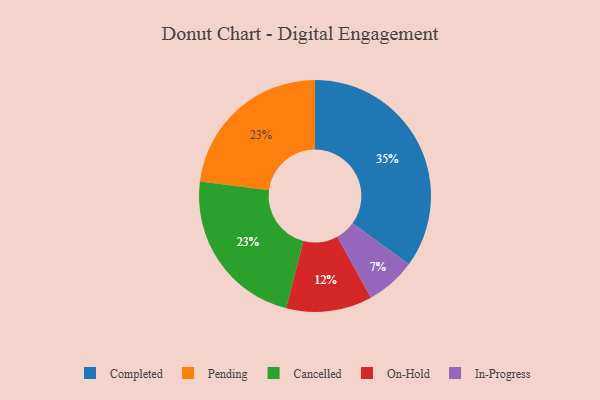
{"axis": {"x": "Category", "y": "Percentage"}, "legend": ["Cancelled", "Completed", "In-Progress", "On-Hold", "Pending"], "data": [{"x": "Completed", "y": 35, "type": "Completed"}, {"x": "Pending", "y": 23, "type": "Pending"}, {"x": "Cancelled", "y": 23, "type": "Cancelled"}, {"x": "In-Progress", "y": 7, "type": "In-Progress"}, {"x": "On-Hold", "y": 12, "type": "On-Hold"}]}